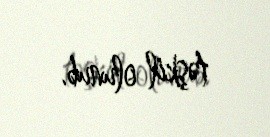
təşkil olunub.